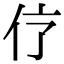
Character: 𠆼